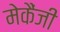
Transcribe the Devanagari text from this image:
मेकैंजी